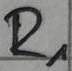
Text: R1